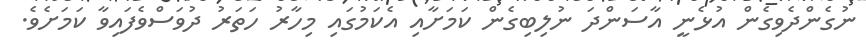
ނުގެންދެވިގެން އުޅެނީ އާސަންދަ ނުލިބިގެން ކަމަށާއި އެކަމުގައި މިހާރު ހަތަރު ދުވަސްވެފައިވާ ކަމަށެވެ.